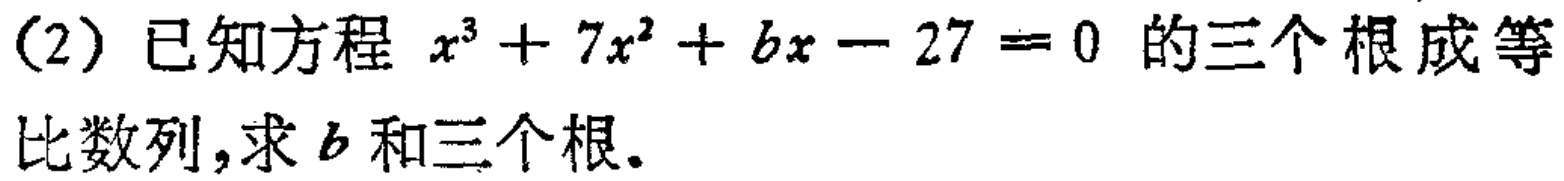
(2) 已知方程 \(x^{3}+7x^{2}+bx - 27 = 0\) 的三个根成等比数列,求 \(b\) 和三个根。